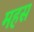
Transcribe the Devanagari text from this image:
महस